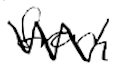
Text: from
Cross-out: zig-zag
Writing tool: digital_black